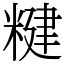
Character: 䊕